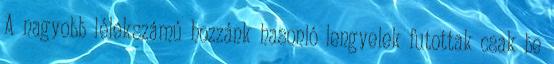
A nagyobb lélekszámú hozzánk hasonló lengyelek futottak csak be